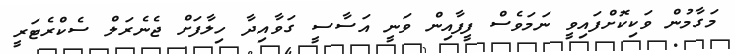
މަގާމުން ވަކިކޮށްފައިވީ ނަމަވެސް ފީފާއިން ވަނީ އަސާސީ ގަވާއިދާ ހިލާފަށް ޖެނެރަލް ސެކްރެޓަރީ